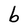
Character: b